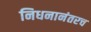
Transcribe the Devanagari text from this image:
निधनानंतरच